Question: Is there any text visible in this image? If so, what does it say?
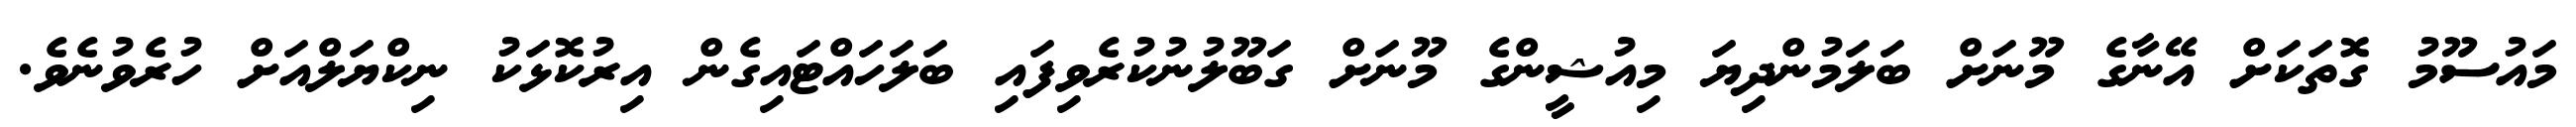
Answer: މައުސޫމު ގޮތަކަށް އޭނާގެ މޫނަށް ބަލަމުންދިޔަ މިއުޝީންގެ މޫނަށް ގަބޫލުނުކުރެވިފައި ބަލަހައްޓައިގެން އިރުކޮޅަކު ނިކްޔަލްއަށް ހުރެވުނެވެ.